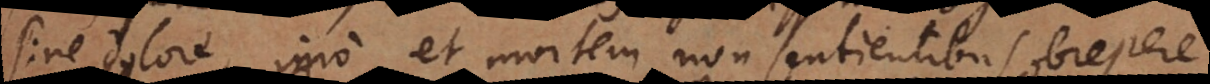
sine dolore, imo et mortem non sentientibus obreper